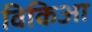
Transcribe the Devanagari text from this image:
विकिआ